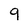
Character: 9